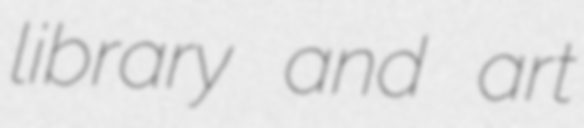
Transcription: library and art